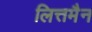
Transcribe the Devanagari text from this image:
लित्तमैन